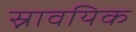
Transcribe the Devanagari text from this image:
स्नावयिक